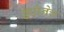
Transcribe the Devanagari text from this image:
डेपोनेच